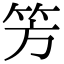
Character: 𥫳